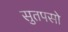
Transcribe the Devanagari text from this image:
सुतपसो